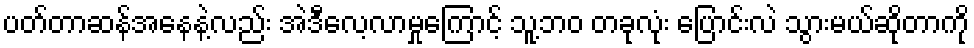
ပတ်တာဆန်အနေနဲ့လည်း အဲဒီလေ့လာမှုကြောင့် သူ့ဘဝ တခုလုံး ပြောင်းလဲ သွားမယ်ဆိုတာကို